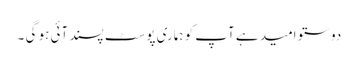
دوستو امید ہے آپ کو ہماری پوسٹ پسند آئی ہو گی ۔